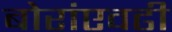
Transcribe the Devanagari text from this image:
बोरांएवढी